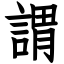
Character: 謂